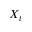
X _ { t }